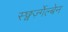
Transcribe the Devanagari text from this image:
स्छ्वर्ज़्गेल्बेन